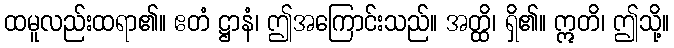
ထမူလည်းထရာ၏။ ဧတံ ဋ္ဌာနံ၊ ဤအကြောင်းသည်။ အတ္ထိ၊ ရှိ၏။ ဣတိ၊ ဤသို့။